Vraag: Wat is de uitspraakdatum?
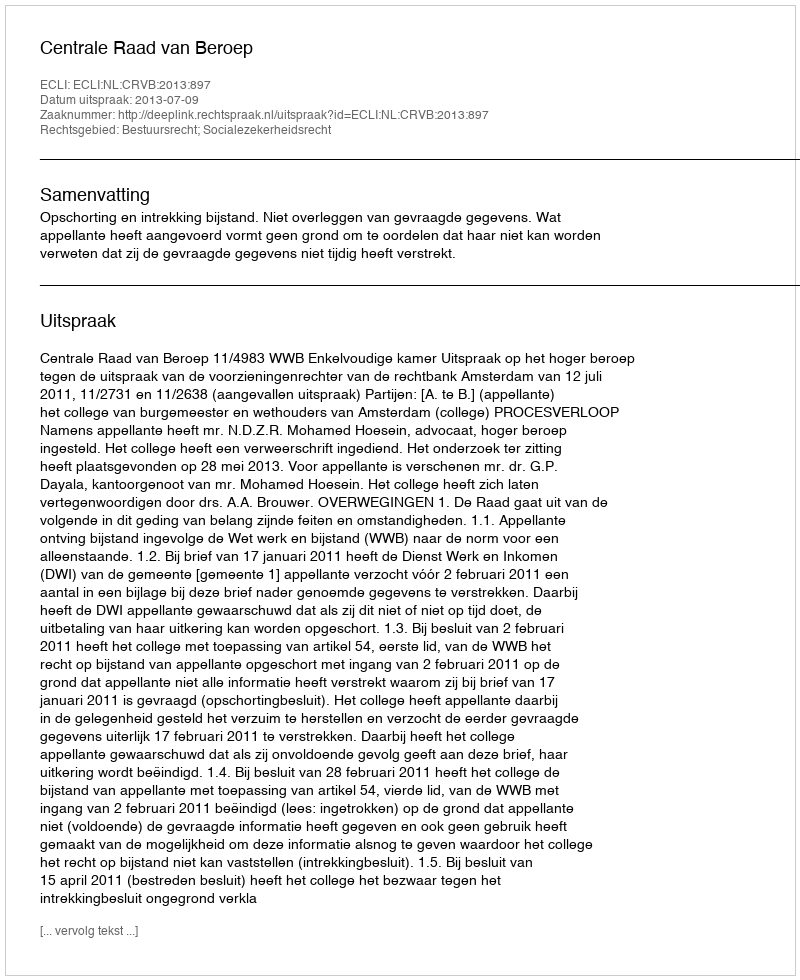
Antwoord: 2013-07-09